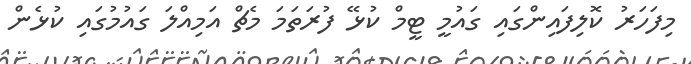
މިފަހަރު ކޮލިފައިންގައި ގައުމީ ޓީމް ކުޅޭ ފުރަތަމަ މެޗް އަމިއްލަ ގައުމުގައި ކުޅެން